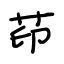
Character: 茚